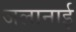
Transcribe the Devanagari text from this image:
जलानाई